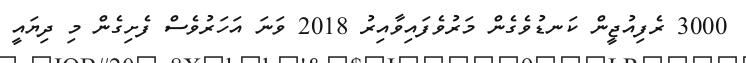
3000 ރެފިއުޖީން ކަނޑުވެގެން މަރުވެފައިވާއިރު 2018 ވަނަ އަހަރުވެސް ފެށިގެން މި ދިޔައީ